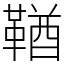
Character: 鞧